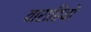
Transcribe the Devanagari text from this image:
वाराहियों